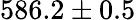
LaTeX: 586.2\pm 0.5